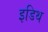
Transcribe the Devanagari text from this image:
इडिथ